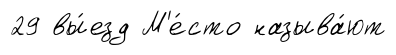
29 вы́езд М'е́сто называ́ют